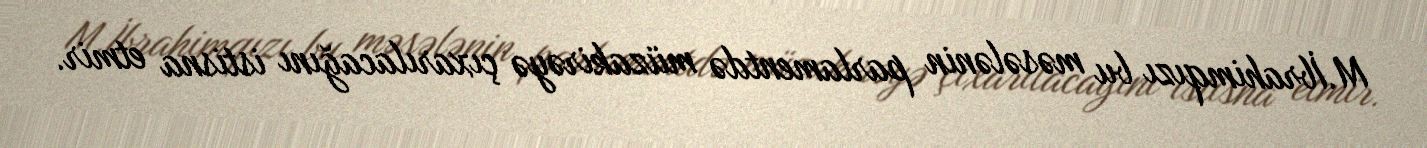
M.İbrahimqızı bu məsələnin parlamentdə müzakirəyə çıxarılacağını istisna etmir.